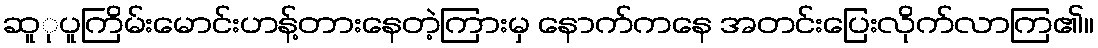
ဆူုပူကြိမ်းမောင်းဟန့်တားနေတဲ့ကြားမှ နောက်ကနေ အတင်းပြေးလိုက်လာကြ၏။